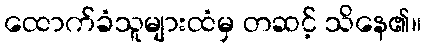
ထောက်ခံသူများထံမှ တဆင့် သိနေ၏။